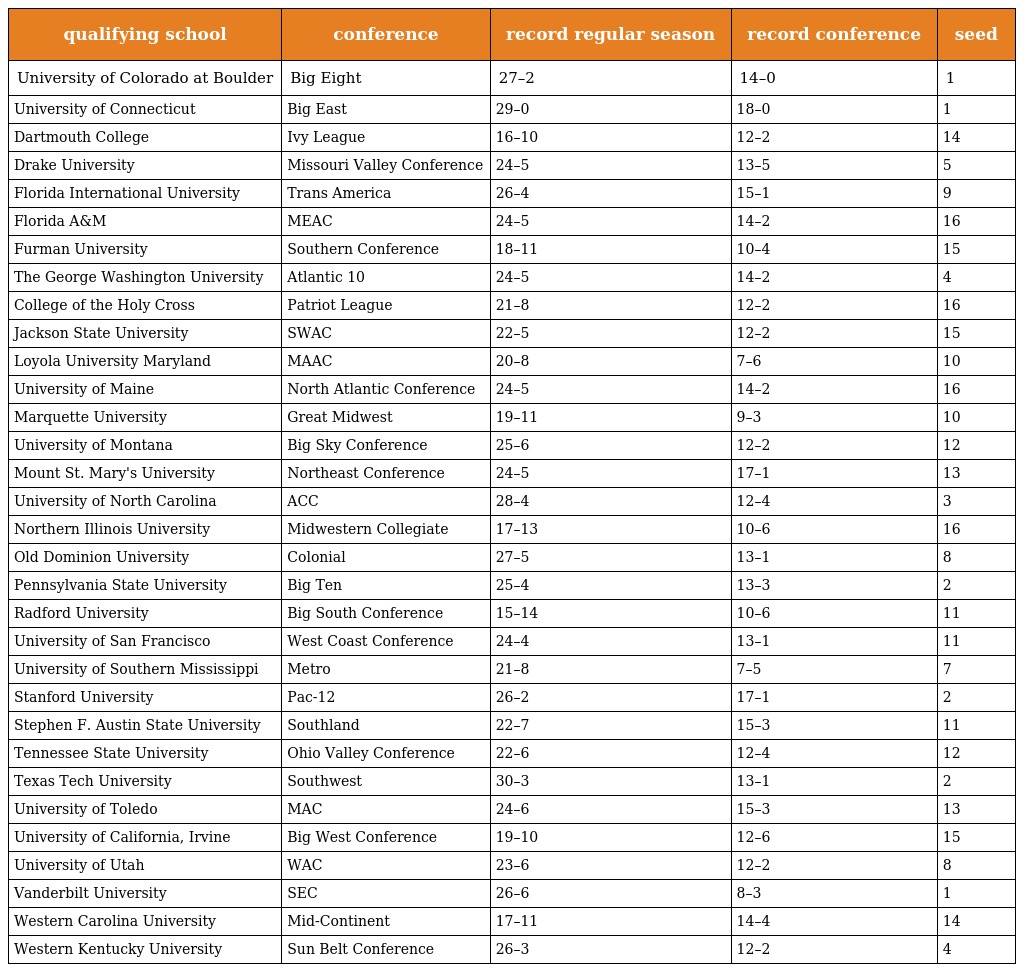
| qualifying school | conference | record regular season | record conference | seed |
 | --- | --- | --- | --- | --- |
 | University of Colorado at Boulder | Big Eight | 27–2 | 14–0 | 1 |
 | University of Connecticut | Big East | 29–0 | 18–0 | 1 |
 | Dartmouth College | Ivy League | 16–10 | 12–2 | 14 |
 | Drake University | Missouri Valley Conference | 24–5 | 13–5 | 5 |
 | Florida International University | Trans America | 26–4 | 15–1 | 9 |
 | Florida A&M | MEAC | 24–5 | 14–2 | 16 |
 | Furman University | Southern Conference | 18–11 | 10–4 | 15 |
 | The George Washington University | Atlantic 10 | 24–5 | 14–2 | 4 |
 | College of the Holy Cross | Patriot League | 21–8 | 12–2 | 16 |
 | Jackson State University | SWAC | 22–5 | 12–2 | 15 |
 | Loyola University Maryland | MAAC | 20–8 | 7–6 | 10 |
 | University of Maine | North Atlantic Conference | 24–5 | 14–2 | 16 |
 | Marquette University | Great Midwest | 19–11 | 9–3 | 10 |
 | University of Montana | Big Sky Conference | 25–6 | 12–2 | 12 |
 | Mount St. Mary's University | Northeast Conference | 24–5 | 17–1 | 13 |
 | University of North Carolina | ACC | 28–4 | 12–4 | 3 |
 | Northern Illinois University | Midwestern Collegiate | 17–13 | 10–6 | 16 |
 | Old Dominion University | Colonial | 27–5 | 13–1 | 8 |
 | Pennsylvania State University | Big Ten | 25–4 | 13–3 | 2 |
 | Radford University | Big South Conference | 15–14 | 10–6 | 11 |
 | University of San Francisco | West Coast Conference | 24–4 | 13–1 | 11 |
 | University of Southern Mississippi | Metro | 21–8 | 7–5 | 7 |
 | Stanford University | Pac-12 | 26–2 | 17–1 | 2 |
 | Stephen F. Austin State University | Southland | 22–7 | 15–3 | 11 |
 | Tennessee State University | Ohio Valley Conference | 22–6 | 12–4 | 12 |
 | Texas Tech University | Southwest | 30–3 | 13–1 | 2 |
 | University of Toledo | MAC | 24–6 | 15–3 | 13 |
 | University of California, Irvine | Big West Conference | 19–10 | 12–6 | 15 |
 | University of Utah | WAC | 23–6 | 12–2 | 8 |
 | Vanderbilt University | SEC | 26–6 | 8–3 | 1 |
 | Western Carolina University | Mid-Continent | 17–11 | 14–4 | 14 |
 | Western Kentucky University | Sun Belt Conference | 26–3 | 12–2 | 4 |